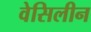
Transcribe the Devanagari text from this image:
वेसिलीन